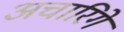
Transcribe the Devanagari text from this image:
अचारिगे